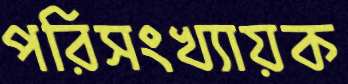
পরিসংখ্যায়ক